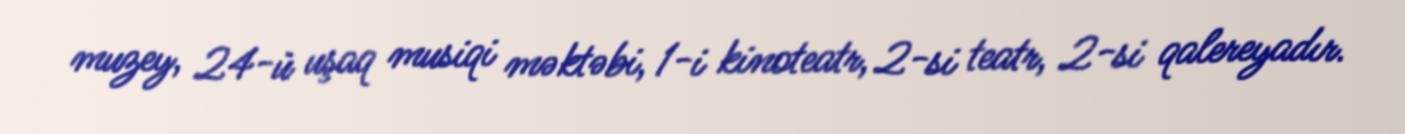
muzey, 24-ü uşaq musiqi məktəbi, 1-i kinoteatr, 2-si teatr, 2-si qalereyadır.